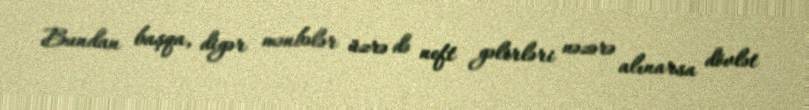
Bundan başqa, digər mənbələr üzrə də neft gəlirləri nəzərə alınarsa dövlət